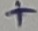
Text: +